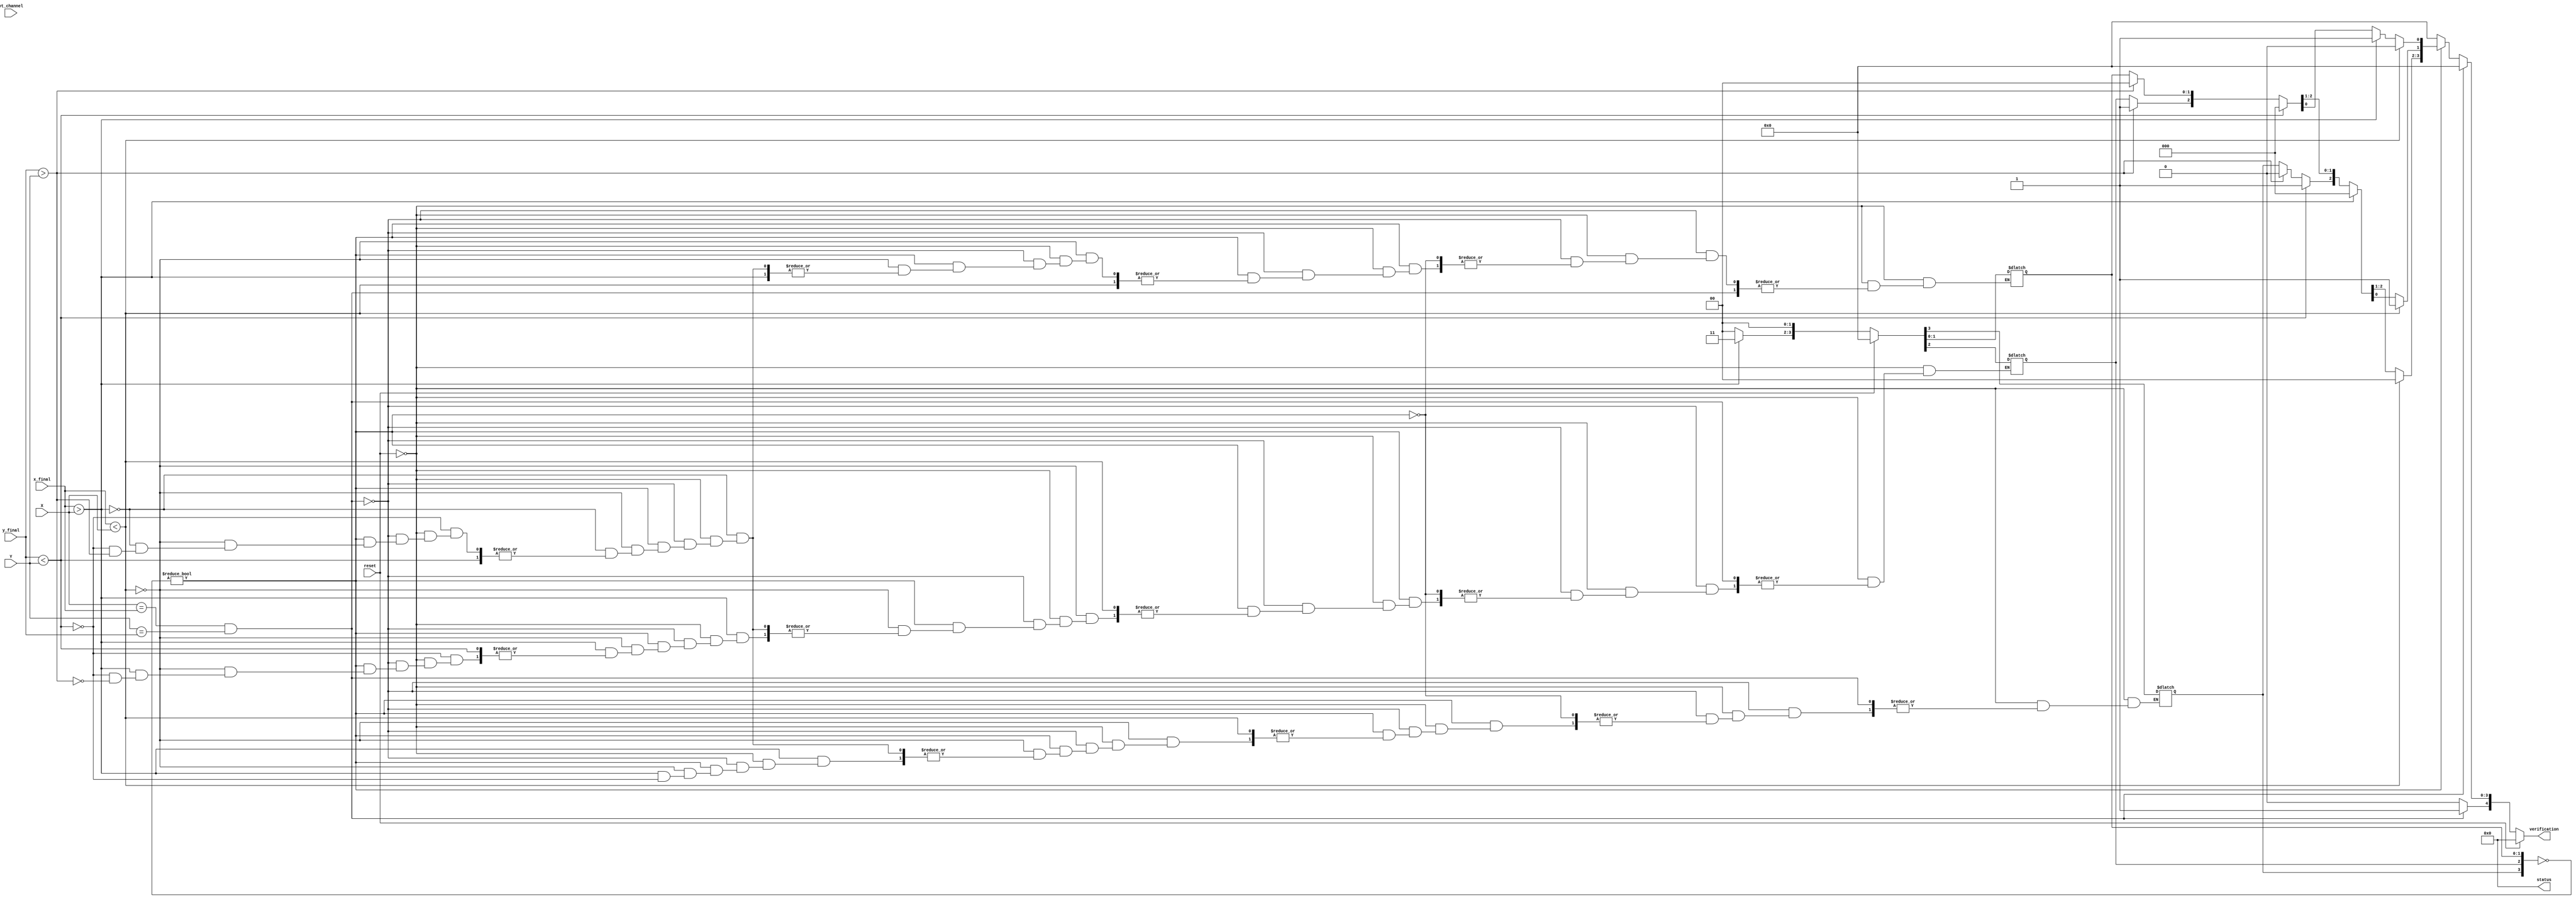
module WF_logic (verification, status,X, Y, x_final, y_final, vt_channel,reset);
  //MinimalWest-First Algorithm for 2-D Meshes
  parameter MM = 2; // MM = (log2_LL)/2
  output reg [4:0] verification, status;
  input [MM-1:0] X, Y,x_final, y_final; // x,y = adresses
  input [2:0] vt_channel;
  input reset;
  reg [3:0] dir;
  /*
	0: Right
	1: Left
	2: Up
	3: Down
	4: Eject
  */		
  always @(*) // combinational Routing logic
	if (reset)
		{verification, status,dir} = 'b0;
	else begin
		{verification, status} = 'b0;//reset
		if(X == x_final && Y == y_final)     verification[4] = 1;//Eject 
		else if(~dir)
				if(x_final < X)				 verification[1] = 1;
				else if(x_final > X)
				     if(y_final < Y)begin	 verification[0] = 1; //Channel := Select(X+, Y);
											 dir[3] = 1;
					 end
					 else if(y_final > Y)begin	 verification[0] = 1; //Channel := Select(X+, Y+);	
												 dir[2] = 1;							 
					 end				
					 else 					 	 verification[0] = 1;
				else
					 if(y_final < Y)			 verification[3] = 1;	
					 else if(y_final > Y)		 verification[2] = 1;
			else begin
				verification = dir;
				dir = 'b0;
			end
			
	end
endmodule